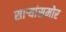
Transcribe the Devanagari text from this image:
साऱ्यांसमोर